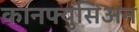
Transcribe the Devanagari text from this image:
कानफ्युसिअन